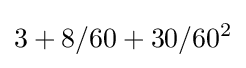
3+8/60+30/60^{2}